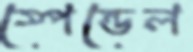
স্পেন্ডেল